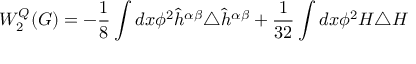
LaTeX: W _ { 2 } ^ { Q } ( G ) = - \frac { 1 } { 8 } \int d x \phi ^ { 2 } \hat { h } ^ { \alpha \beta } \triangle \hat { h } ^ { \alpha \beta } + \frac { 1 } { 3 2 } \int d x \phi ^ { 2 } H \triangle H